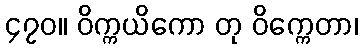
၄၇၀။ ဝိက္ကယိကော တု ဝိက္ကေတာ၊